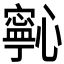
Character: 𭟋